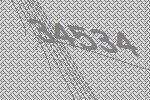
34534